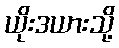
ယိုးဒယားသို့